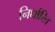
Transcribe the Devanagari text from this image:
निर्धारित